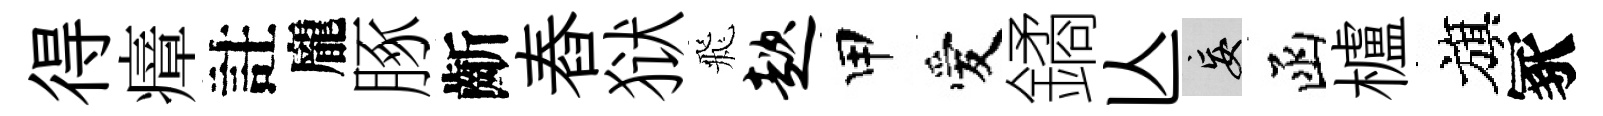
得瘴註龐䐁齗舂狱飛趑甲愛鐍亾妄函櫨旗冢